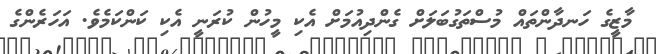
މާޒީގެ ހަނދާންތައް މުސްތަގުބަލަށް ގެންދިއުމަށް އެކި މީހުން ކުރަނީ އެކި ކަންކަމެވެ. އަހަރެންގެ